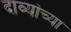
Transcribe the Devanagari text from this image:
दाव्यांच्या